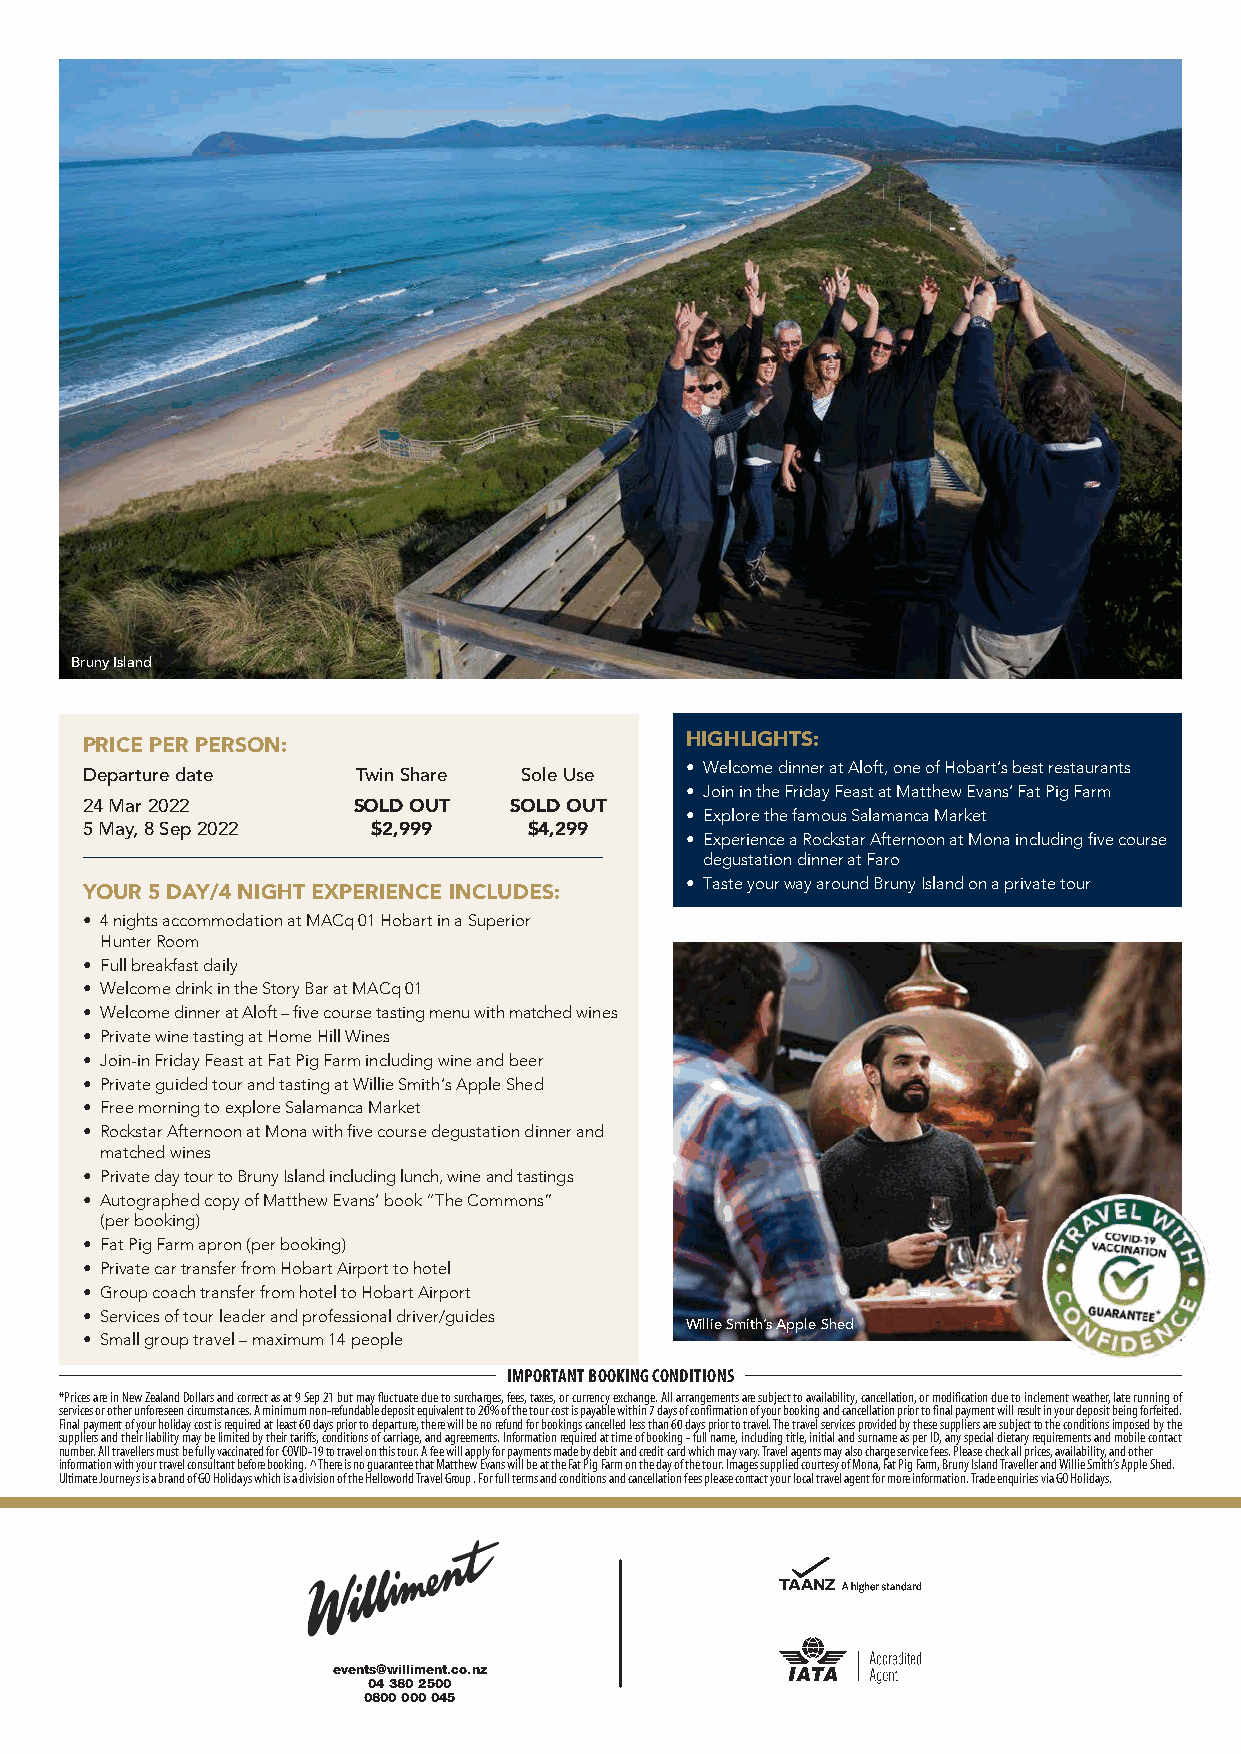
Bruny Island
 PRICE PER PERSON:                       HIGHLIGHTS:
 • Welcome dinner at Aloft, one of Hobart’s best restaurants
 Departure date     Twin Share Sole Use
 • Join in the Friday Feast at Matthew Evans’ Fat Pig Farm
 24 Mar 2022       SOLD OUT   SOLD OUT
 • Explore the famous Salamanca Market
 5 May, 8 Sep 2022   $2,999    $4,299
 • Experience a Rockstar Afternoon at Mona including five course
 degustation dinner at Faro
 • Taste your way around Bruny Island on a private tour
 YOUR 5 DAY/4 NIGHT EXPERIENCE INCLUDES:
 • 4 nights accommodation at MACq 01 Hobart in a Superior
 Hunter Room
 • Full breakfast daily
 • Welcome drink in the Story Bar at MACq 01
 • Welcome dinner at Aloft – five course tasting menu with matched wines
 • Private wine tasting at Home Hill Wines
 • Join-in Friday Feast at Fat Pig Farm including wine and beer
 • Private guided tour and tasting at Willie Smith’s Apple Shed
 • Free morning to explore Salamanca Market
 • Rockstar Afternoon at Mona with five course degustation dinner and
 matched wines
 • Private day tour to Bruny Island including lunch, wine and tastings
 • Autographed copy of Matthew Evans’ book “The Commons”
 (per booking)
 • Fat Pig Farm apron (per booking)
 • Private car transfer from Hobart Airport to hotel
 • Group coach transfer from hotel to Hobart Airport
 • Services of tour leader and professional driver/guides
 Willie Smith’s Apple Shed
 • Small group travel – maximum 14 people
 IMPORTANT BOOKING CONDITIONS
 *Prices are in New Zealand Dollars and correct as at 9 Sep 21 but may fluctuate due to surcharges, fees, taxes, or currency exchange. All arrangements are subject to availability, cancellation, or modification due to inclement weather, late running of
 services or other unforeseen circumstances. A minimum non-refundable deposit equivalent to 20% of the tour cost is payable within 7 days of confirmation of your booking and cancellation prior to final payment will result in your deposit being forfeited.
 Final payment of your holiday cost is required at least 60 days prior to departure, there will be no refund for bookings cancelled less than 60 days prior to travel. The travel services provided by these suppliers are subject to the conditions imposed by the
 suppliers and their liability may be limited by their tariffs, conditions of carriage, and agreements. Information required at time of booking - full name, including title, initial and surname as per ID, any special dietary requirements and mobile contact
 number. All travellers must be fully vaccinated for COVID-19 to travel on this tour. A fee will apply for payments made by debit and credit card which may vary. Travel agents may also charge service fees. Please check all prices, availability, and other
 information with your travel consultant before booking. ^There is no guarantee that Matthew Evans will be at the Fat Pig Farm on the day of the tour. Images supplied courtesy of Mona, Fat Pig Farm, Bruny Island Traveller and Willie Smith’s Apple Shed.
 Ultimate Journeys is a brand of GO Holidays which is a division of the Helloworld Travel Group . For full terms and conditions and cancellation fees please contact your local travel agent for more information. Trade enquiries via GO Holidays.
 events@williment.co.nz
 04 380 2500
 0800 000 045